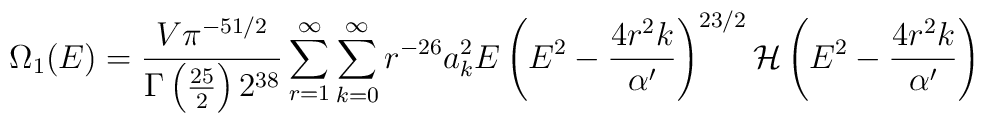
\Omega_1(E)=\frac{V\pi^{-51/2}}{\Gamma\left(\frac{25}{2}\right)2^{38}}\sum_{r=1}^{\infty}\sum_{k=0}^{\infty}r^{-26}a_k^2E\left(E^2-\frac{4 r^2 k}{\alpha'}\right)^{23/2}{\cal H}\left(E^2-\frac{4 r^2 k}{\alpha'}\right)\vspace{4mm}